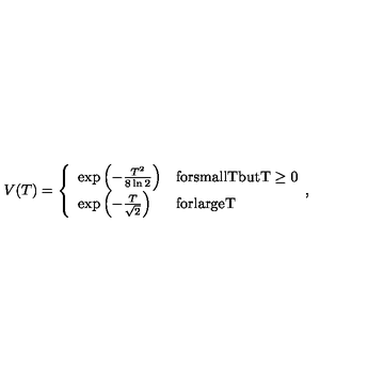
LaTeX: V ( T ) = \left\{ \begin{array} { l l } { \exp \left( - \frac { T ^ { 2 } } { 8 \ln 2 } \right) } & { \mathrm { f o r s m a l l T b u t T \ge 0 } } \\ { \exp \left( - \frac { T } { \sqrt { 2 } } \right) } & { \mathrm { f o r l a r g e T } } \\ \end{array} , \right.